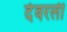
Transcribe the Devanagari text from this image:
देवरली